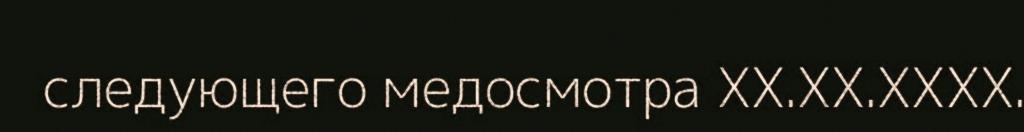
следующего медосмотра XX.XX.XXXX.